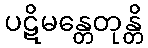
ပဋိမန္တေတုန္တိ